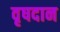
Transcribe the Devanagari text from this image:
वृषदान